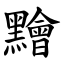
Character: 䵳